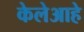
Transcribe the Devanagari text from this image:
केलेआहे